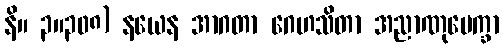
နိ။ ၃။၃၀၈) နယေန အာဂတာ ဂေဟသိတာ အညာဏုပေက္ခာ